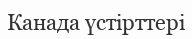
Канада үстірттері